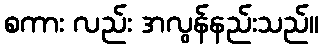
စကား လည်း အလွန်နည်းသည်။